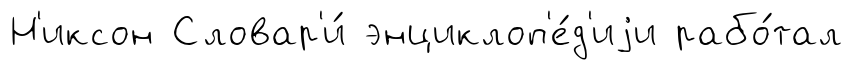
Н'иксон Словар'и́ энциклоп'е́д'иjи рабо́тал